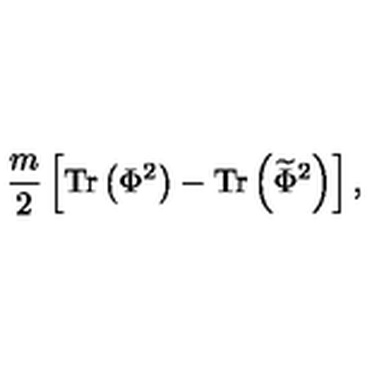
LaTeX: { \frac { m } { 2 } } \left[ \mathrm { T r } \left( \Phi ^ { 2 } \right) - \mathrm { T r } \left( { \widetilde \Phi } ^ { 2 } \right) \right] ,